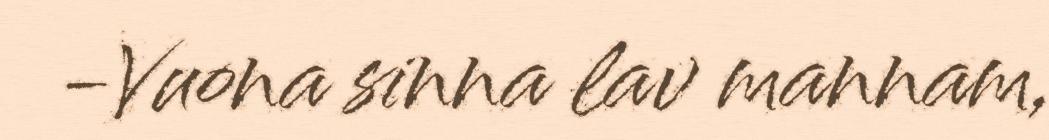
-Vuona sinna lav mannam,